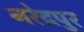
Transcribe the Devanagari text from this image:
नरेद्रपुर